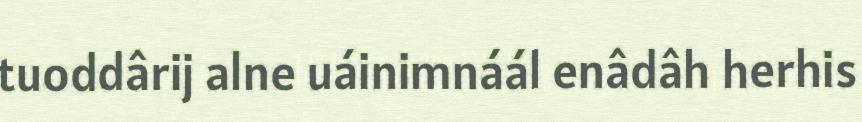
tuoddârij alne uáinimnáál enâdâh herhis